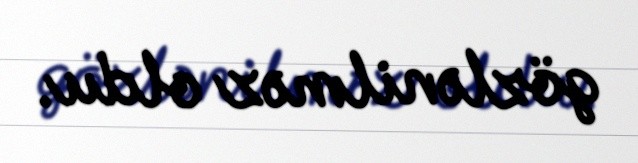
gözlənilməz oldu.